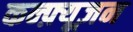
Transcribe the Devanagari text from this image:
कन्फ़्यूज़न